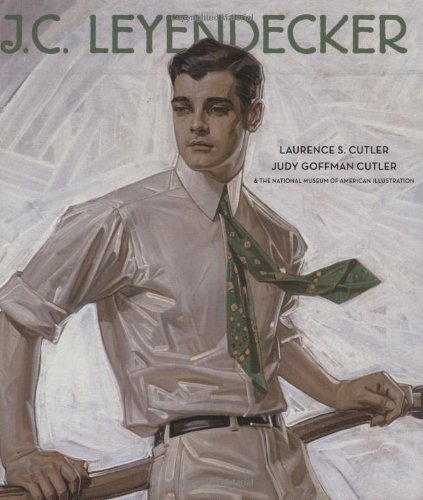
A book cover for J.C. Leyendecker: American Imagist; Laurence Cutler; Arts & Photography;